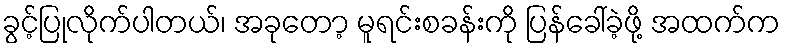
ခွင့်ပြုလိုက်ပါတယ်၊ အခုတော့ မူရင်းစခန်းကို ပြန်ခေါ်ခဲ့ဖို့ အထက်က